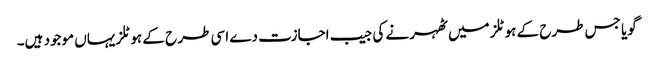
گویا جس طرح کے ہوٹلز میں ٹھہرنے کی جیب اجازت دے اسی طر ح کے ہوٹلز یہاں موجود ہیں۔